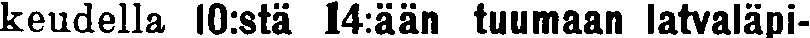
keudella 1O:stä 14:ään tuumaan latvaläpi-